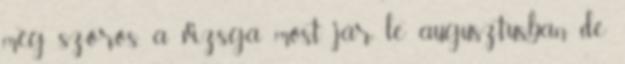
még szőrös. a vizsga most jár le augusztusban de